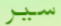
سير